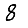
Digit: 8